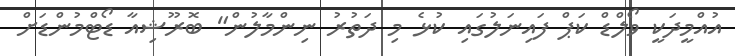
އުއްމީދަކީ ވޯލްޑް ކަޕް ފައިނަލުގައި ކުޅެ މި ދަތުރު ނިންމާލުން" ބޮރޫޝިއާ ޑޯޓްމުންޑަށް